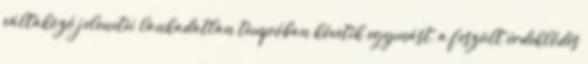
váltakozó jelenetei lankadatlan tempóban követik egymást, a feszült érdeklődés